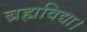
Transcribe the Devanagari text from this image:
ब्रह्मविद्या।